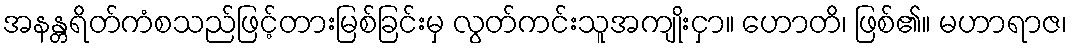
အနန္တရိတ်ကံစသည်ဖြင့်တားမြစ်ခြင်းမှ လွတ်ကင်းသူအကျိုးငှာ။ ဟောတိ၊ ဖြစ်၏။ မဟာရာဇ၊